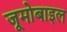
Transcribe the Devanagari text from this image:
जूमोबाइल